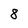
Character: 8